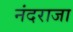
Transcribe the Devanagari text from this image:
नंदराजा